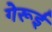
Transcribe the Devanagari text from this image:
गेरूई